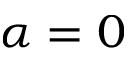
\alpha = 0